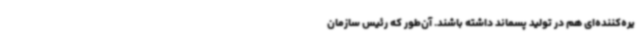
یره‌کننده‌ای هم در تولید پسماند داشته باشند. آن‌طور که رئیس سازمان